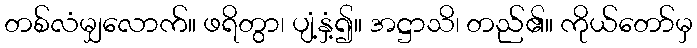
တစ်လံမျှလောက်။ ဖရိတွာ၊ ပျံ့နှံ့၍။ အဋ္ဌာသိ၊ တည်၏။ ကိုယ်တော်မှ